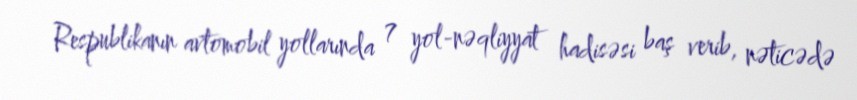
Respublikanın avtomobil yollarında 7 yol-nəqliyyat hadisəsi baş verib, nəticədə